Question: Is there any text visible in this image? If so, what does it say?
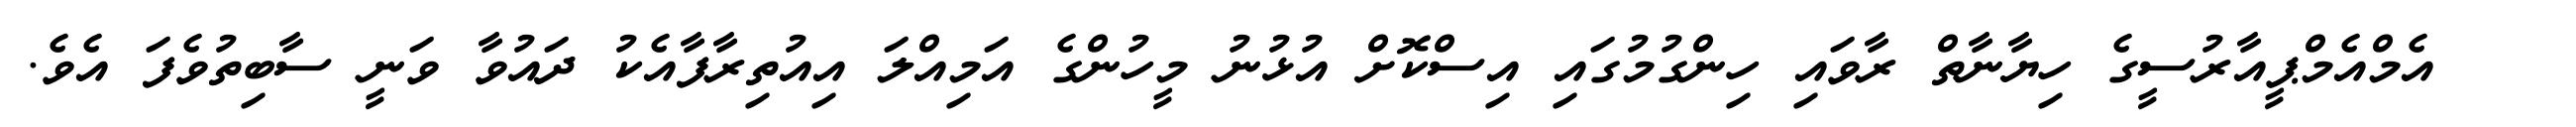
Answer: ? ? އެމްއެމްޕީއާރުސީގެ ހިޔާނާތް ރާވައި ހިންގުމުގައި އިސްކޮށް އުޅުނު މީހުންގެ އަމިއްލަ އިއުތިރާފާއެކު ދައުވާ ވަނީ ސާބިތުވެފަ އެވެ.